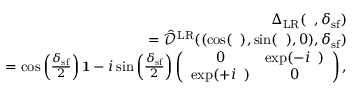
\begin{array} { r l r } & { } & { { \Delta } _ { \mathrm { L R } } ( { \it \Delta \phi } , \delta _ { \mathrm { s f } } ) } \\ & { } & { = \hat { \mathcal { D } } ^ { \mathrm { L R } } ( ( \cos ( { \it \Delta \phi } ) , \sin ( { \it \Delta \phi } ) , 0 ) , \delta _ { \mathrm { s f } } ) } \\ & { } & { = \cos \left( \frac { \delta _ { \mathrm { s f } } } { 2 } \right) { \bf 1 } - i \sin \left( \frac { \delta _ { \mathrm { s f } } } { 2 } \right) \left( \begin{array} { c c } { 0 } & { \exp ( - i { \it \Delta \phi } ) } \\ { \exp ( + i { \it \Delta \phi } ) } & { 0 } \end{array} \right) , } \end{array}